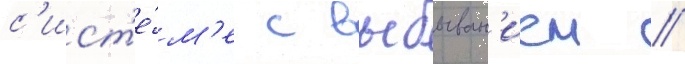
с'ист'е́м'е с выбыван'ием //